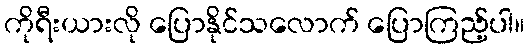
ကိုရီးယားလို ပြောနိုင်သလောက် ပြောကြည့်ပါ။